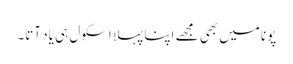
پونا میں بھی مجھے اپنا پہلا اسکول ہی یاد آتا۔